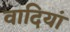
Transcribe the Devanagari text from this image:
वादियां